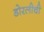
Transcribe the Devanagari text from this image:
डोरलीची